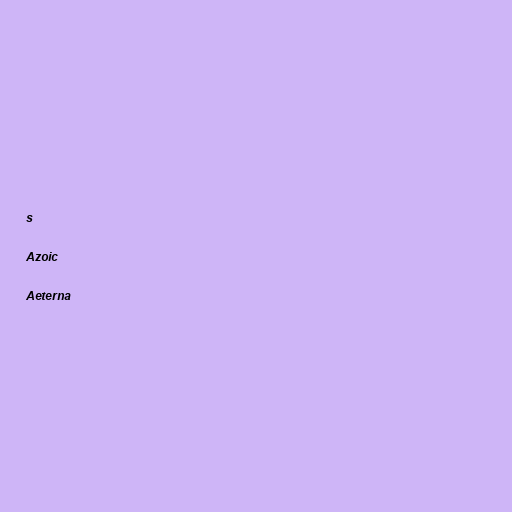
s

Azoic

Aeterna